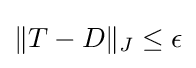
\|T-D\|_{J}\leq \epsilon